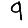
Digit: 9